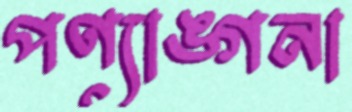
পণ্যাঙ্গনা